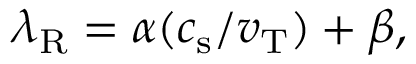
\lambda _ { \mathrm { R } } = \alpha ( c _ { \mathrm { s } } / v _ { \mathrm { T } } ) + \beta ,